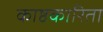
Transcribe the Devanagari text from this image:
काष्ठकारिता